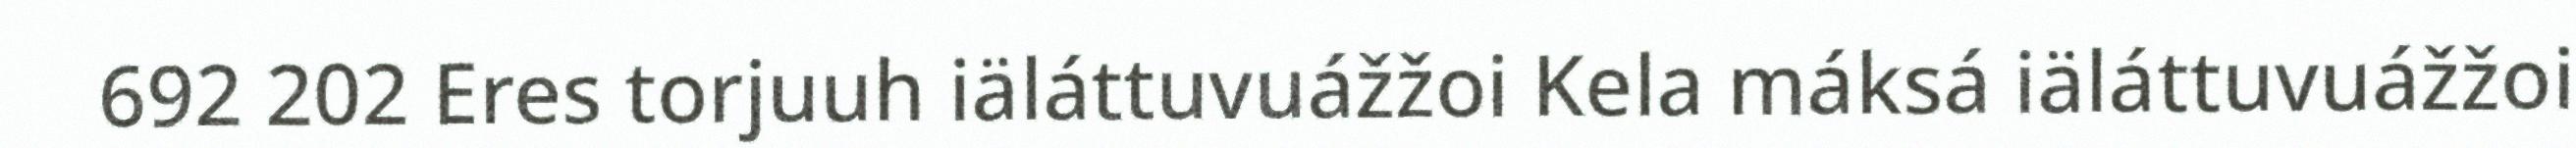
692 202 Eres torjuuh iäláttuvuážžoi Kela máksá iäláttuvuážžoi